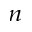
_ n